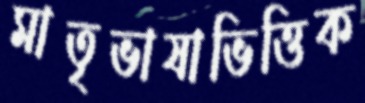
মাতৃভাষাভিত্তিক